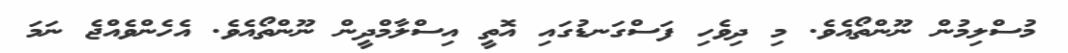
މުސްލިމުން ނޫންތޯއެވެ. މި ދިވެހި ފަސްގަނޑުގައި އޮތީ އިސްލާމްދީން ނޫންތޯއެވެ. އެހެންވެއްޖެ ނަމަ